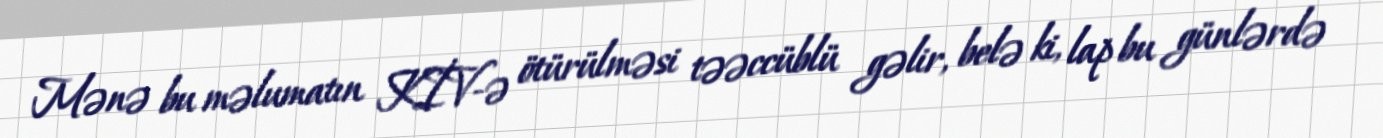
Mənə bu məlumatın KİV-ə ötürülməsi təəccüblü gəlir, belə ki, lap bu günlərdə